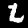
Digit: 2